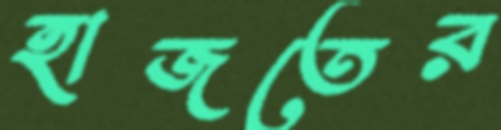
হাজতের